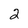
Character: 2